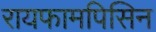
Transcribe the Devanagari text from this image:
रायफामपिसिन